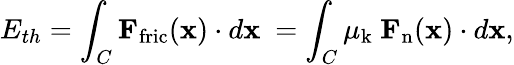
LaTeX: E_{th}=\int_{C}\mathbf{F}_{\mathrm{fric}}(\mathbf{x})\cdot d\mathbf{x}\ =\int_{C}\mu_{\mathrm{k}}\ \mathbf{F}_{\mathrm{n}}(\mathbf{x})\cdot d\mathbf{x},